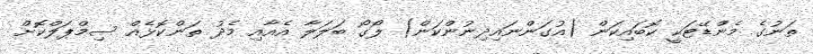
ތަނުގެ މެންޑޭޓަކީ ކޮބައިކަން (އުގަންނައިދިނުންކަން) ލޯގޯ ބަލަލާ އެއާއި މެދު ތަންކޮޅެއް ސިމްޕަލްކޮށް